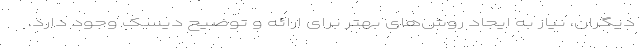
دیگران، نیاز به ایجاد روش‌های بهتر برای ارائه و توضیح دیسک وجود دارد.